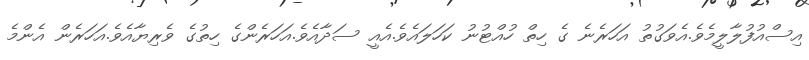
އިސްއުފުލާލީމެވެ.އެވަގުތު އަހަރެނެ ގެ ހިތް ހުއްޓުނު ކަހަލައެވެ.އެއީ ސަދާއެވެ.އަހަރެންގެ ހިތުގެ ވެރިޔާއެވެ.އަހަރެން އެންމެ